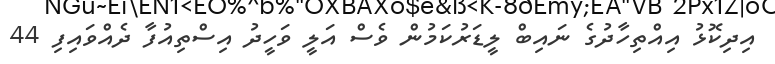
އިދިކޮޅު އިއްތިހާދުގެ ނައިބް ލީޑަރުކަމުން ވެސް އަލީ ވަހީދު އިސްތިއުފާ ދެއްވައިފި 44